Indian Civil Veterinary Department memoirs
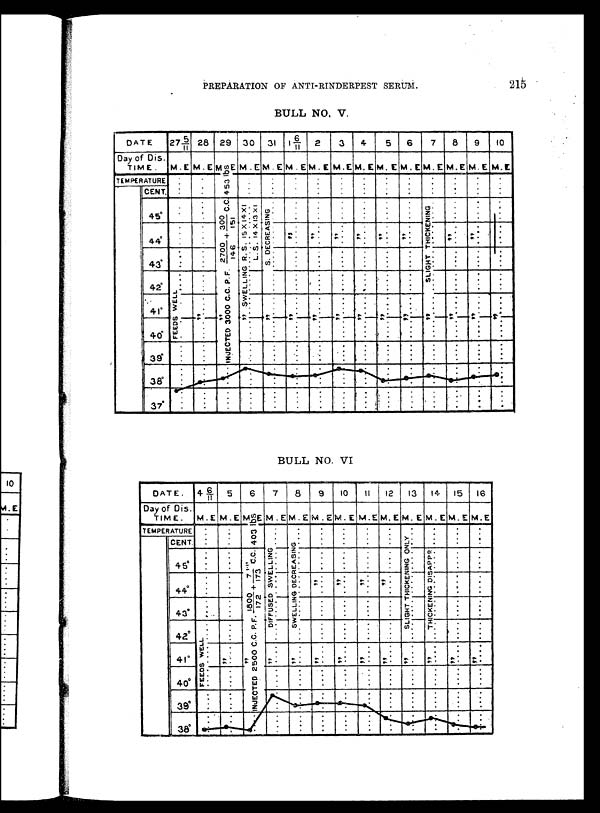
PREPARATION OF ANTI-RINDERPEST SERUM.
215
BULL NO. V.
BULL NO. VI